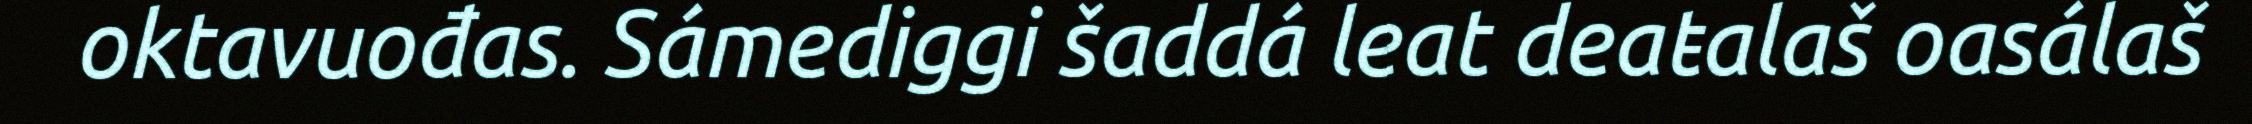
oktavuođas. Sámediggi šaddá leat deaŧalaš oasálaš